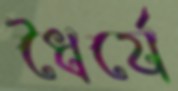
ধৈর্যে